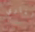
الناري